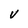
Character: v